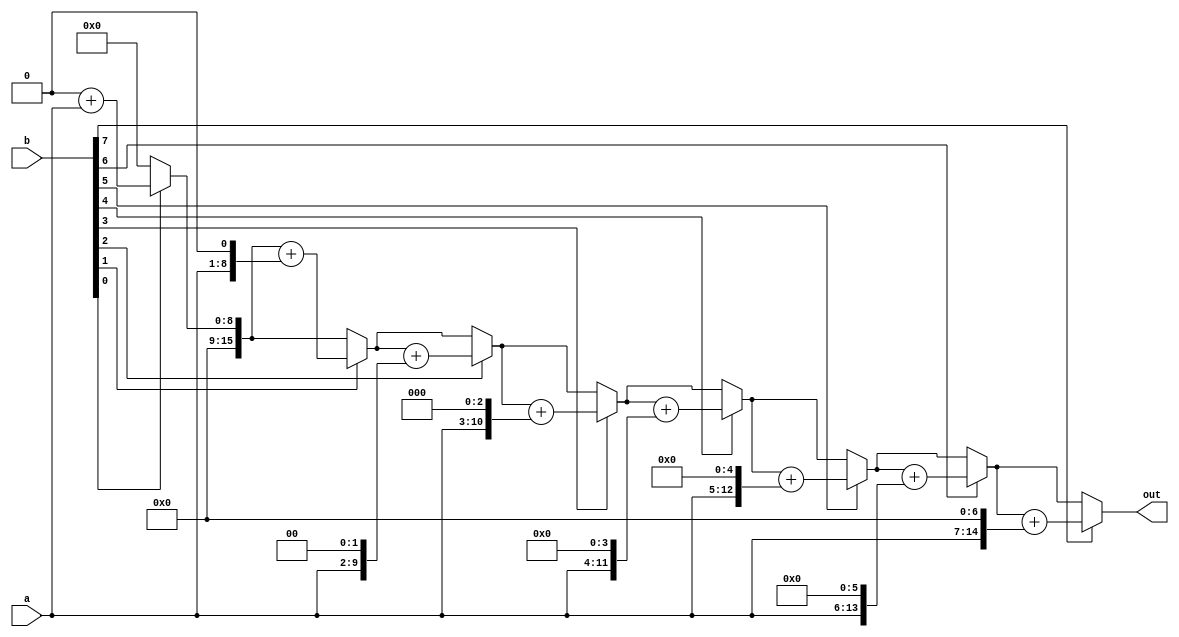
`timescale 1ns / 1ps
//======================================================================================================
//  Version       : V 1.0
//  Description   : Use for loop to implement binary multiplication operation.
//  Modification  : 
//
//======================================================================================================
module MULT_FOR #(
    //---------------------------------------< Parameter >----------------------------------------------
    parameter                           N  = 8                      // N bits   

) (
    //---------------------------------------< Port Name >----------------------------------------------
    // INPUTS
    input              [N-1:0]          a                          ,// port a
    input              [N-1:0]          b                          ,// port b
    // OUTPUTS        
    output reg         [2*N-1:0]        out                         // data out

);
    //---------------------------------------< Variable >-----------------------------------------------
    // integer
    integer i;
    
    //---------------------------------------< Always block >-------------------------------------------
    // Combinational logic  
    // Binary multiplication
    always @(a or b) begin
        out = 'b0;
        for (i = 0; i<N; i=i+1) begin
            if (!b[i]) begin
                out = out;
            end else begin
                out = out + (a<<i);
            end
        end
    end

endmodule